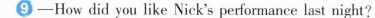
9-How did you like Nick’s performance last night?